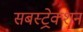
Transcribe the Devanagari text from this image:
सबस्ट्रेक्शन